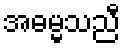
အဓမ္မသညီ